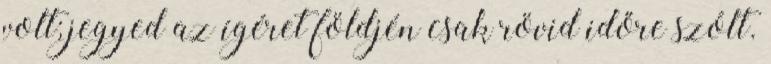
volt; jegyed az ígéret földjén csak rövid időre szólt.